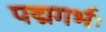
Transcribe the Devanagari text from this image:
पद्मगर्भः